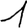
Digit: 1